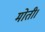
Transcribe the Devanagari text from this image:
मोती।